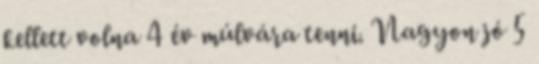
kellett volna 4 év múlvára tenni. Nagyon jó 5